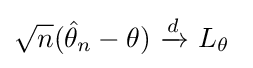
{\sqrt {n}}({\hat {\theta }}_{n}-\theta )\ {\xrightarrow {d}}\ L_{\theta }\